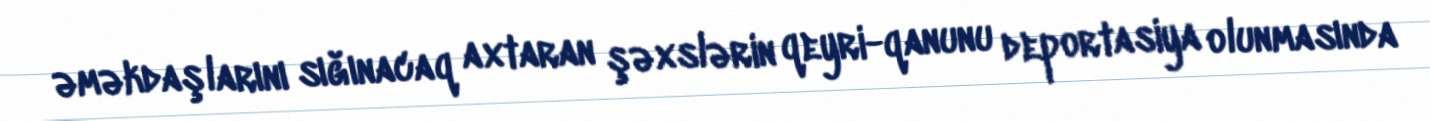
əməkdaşlarını sığınacaq axtaran şəxslərin qeyri-qanunu deportasiya olunmasında